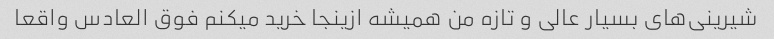
شیرینی‌های بسیار عالی و تازه من همیشه ازینجا خرید میکنم فوق العادس واقعا